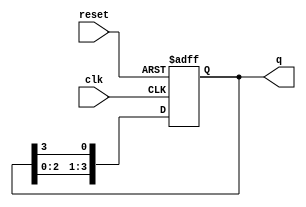
module ring_counter #(parameter N = 4) (
    input wire clk,        // Clock input
    input wire reset,      // Asynchronous reset input
    output reg [N-1:0] q   // Output states of the flip-flops
);

// Internal signal for next state
reg [N-1:0] next_q;

always @(posedge clk or posedge reset) begin
    if (reset) begin
        // Reset the counter to the first state
        q <= 1'b1; // Initialize to 0001 for N=4
    end else begin
        // Shift the '1' to the right in a circular manner
        next_q = {q[N-2:0], q[N-1]}; // Shift right and wrap around
        q <= next_q;
    end
end

endmodule